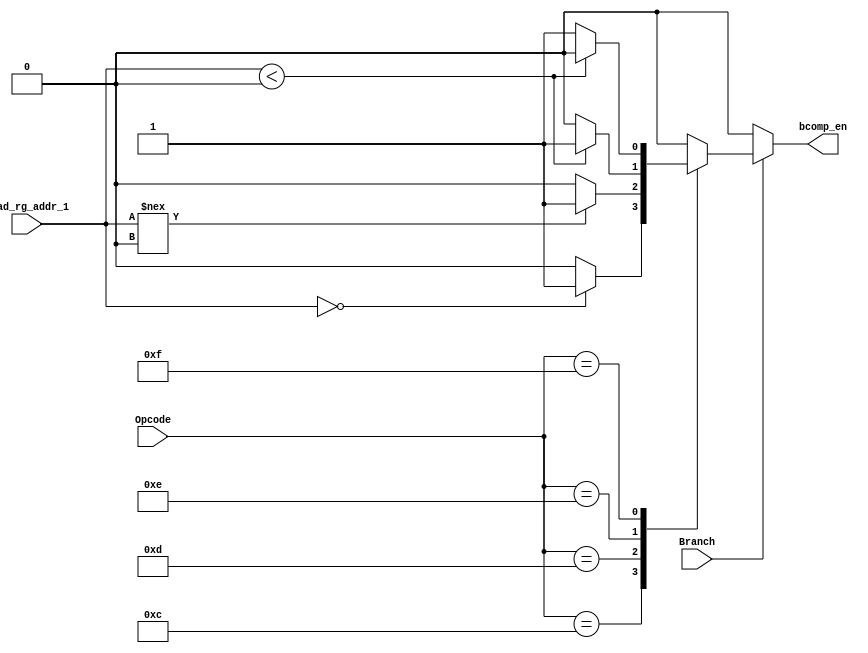
module branch_comp(
input wire Branch,//it is a branch instruction!!! Control logic said in decode.v
input wire [4:0]Opcode,//to make sure which kind of branch it is
//COMPARE INPUT Rs 
input wire [2:0]Read_rg_addr_1,
//OUTPUT ENABLE FOR THE JUMP
output reg bcomp_en// ready to jump, be used in PC addr mux control
);


//14				01110 sss iiiiiiii		BLTZ Rs, immediate	if (Rs < 0) then PC <- PC + 2 + I(sign ext.)
//15				01111 sss iiiiiiii		BGEZ Rs, immediate	if (Rs >= 0) then PC <- PC + 2 + I(sign ext.)
always@(*)begin
if (Branch) begin
case(Opcode)
5'b01100:bcomp_en=(Read_rg_addr_1==3'd0)?1:0;//01100 sss iiiiiiii		BEQZ Rs, immediate	if (Rs == 0) then PC <- PC + 2 + I(sign ext.)
5'b01101:bcomp_en=(Read_rg_addr_1!==3'd0)?1:0;//01101 sss iiiiiiii		BNEZ Rs, immediate	if (Rs != 0) then PC <- PC + 2 + I(sign ext.)
5'b01110:bcomp_en=(Read_rg_addr_1<3'd0)?1:0;
5'b01111:bcomp_en=(~(Read_rg_addr_1<3'd0))?1:0;
default: bcomp_en=0;
endcase
end
else begin//else do nothing and the output 0(because the output will enter an 'or' gate)
    bcomp_en=0;
end
end



endmodule